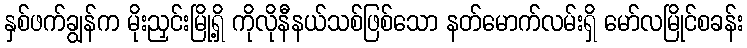
နှစ်ဖက်ချွန်က မိုးညှင်းမြို့ရှိ ကိုလိုနီနယ်သစ်ဖြစ်သော နတ်မောက်လမ်းရှိ မော်လမြိုင်စခန်း